Lunatic asylums Burma 1922-24 - 1922-1924
Year: 1922
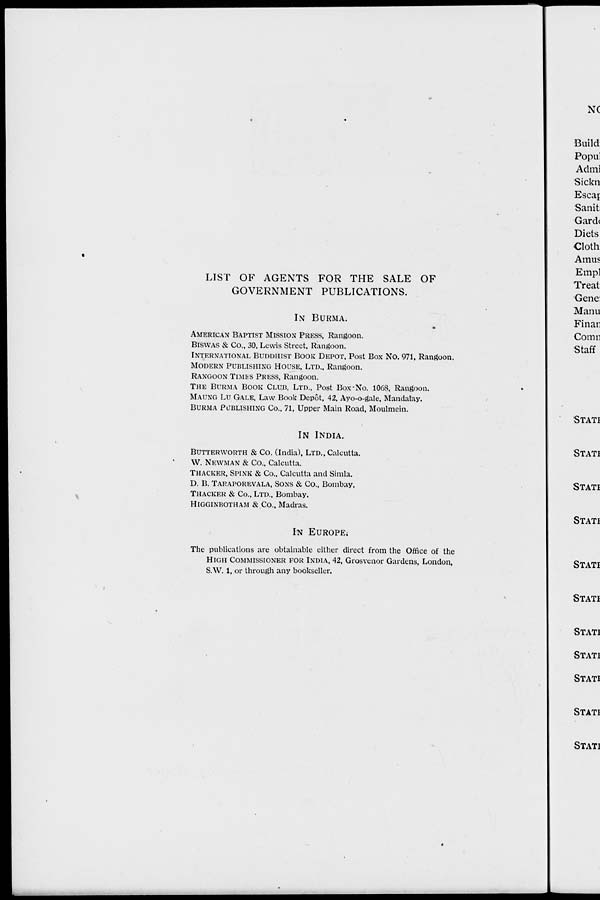
LIST OF AGENTS FOR THE SALE OF
GOVERNMENT PUBLICATIONS.
IN BURMA.
AMERICAN BAPTIST MISSION PRESS, Rangoon.
BISWAS & Co., 30, Lewis Street, Rangoon.
INTERNATIONAL BUDDHIST BOOK DEPOT, Post Box No. 971, Rangoon.
MODERN PUBLISHING HOUSE, LTD., Rangoon.
RANGOON TIMES PRESS, Rangoon.
THE BURMA BOOK CLUB, LTD., Post Box-No. 1068, Rangoon.
MAUNG LU GALE, Law Book Depôt, 42, Ayo-o-gale, Mandalay.
BURMA PUBLISHING Co., 71, Upper Main Road, Moulmein.
IN INDIA.
BUTTERWORTH & Co. (India), LTD., Calcutta.
W. NEWMAN & Co., Calcutta.
THACKER, SPINK & Co., Calcutta and Simla.
D. B. TARAPOREVALA, SONS & Co., Bombay.
THACKER & Co., LTD., Bombay.
HIGGINBOTHAM & Co., Madras.
IN EUROPE.
The publications are obtainable either direct from the Office of the
HIGH COMMISSIONER FOR INDIA, 42, Grosvenor Gardens, London,
S.W. 1, or through any bookseller.